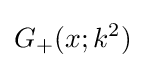
G_{+}(x;k^{2})